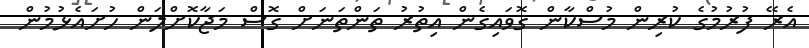
އެރޭ ފުރުމުގެ ކުރިން މުސްކާން ގޮވައިގެން އިތުރު ތަންތަނަށް ގޮސް މަޖާކޮށްލަން ހުށައެޅުމުން